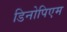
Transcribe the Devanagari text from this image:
डिनोपिएम